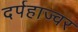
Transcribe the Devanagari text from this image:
दर्पहाज्वर